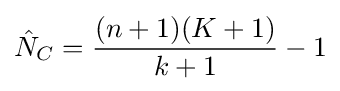
{\hat {N}}_{C}={\frac {(n+1)(K+1)}{k+1}}-1